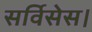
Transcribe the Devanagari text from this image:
सर्विसेस।